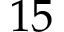
1 5